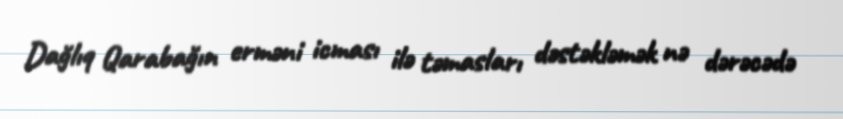
Dağlıq Qarabağın erməni icması ilə təmasları dəstəkləmək nə dərəcədə